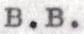
B.B.